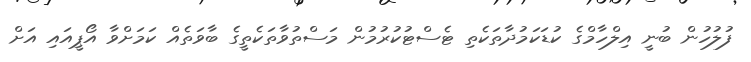
ފުލުހުން ބުނީ އިލްހާމްގެ ކުޑަކަމުދާތަކެތި ޓެސްޓުކުރުމުން މަސްތުވާތަކެތީގެ ބާވަތެއް ކަމަށްވާ އޯޕީއައި އަށް